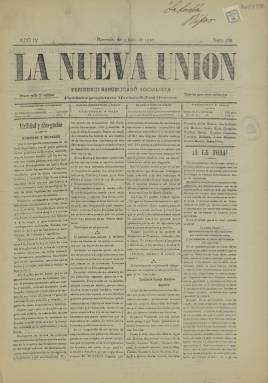
Título: La Nueva unión
Colección: Periódicos
Ámbito geográfico: Cáceres
Lugar de publicación: Plasencia [Cáceres]
Fechas: 03/07/1910-03/07/1910